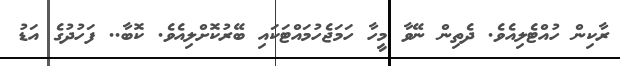
ރާކިން ހުއްޓެލިއެވެ. ދެތިން ނޭވާ މީހާ ހަމަޖެހުމައްޓަކައި ބޭރުކޮށްލިއެވެ. ކޮބާ.. ފަހުދުގެ އަޑު